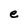
Character: e